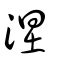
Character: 涅